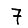
Digit: 7